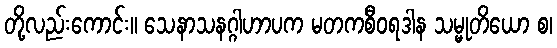
တို့လည်းကောင်း။ သေနာသနဂ္ဂါဟာပက မတကစီဝရဒါန သမ္မုတိယော စ၊